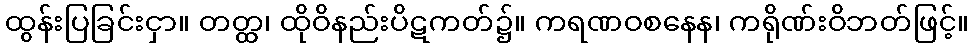
ထွန်းပြခြင်းငှာ။ တတ္ထ၊ ထိုဝိနည်းပိဋကတ်၌။ ကရဏဝစနေန၊ ကရိုဏ်းဝိဘတ်ဖြင့်။